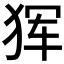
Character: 𰡋